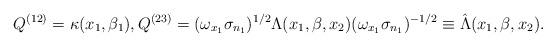
LaTeX: \begin{gather*}Q^{(12)}=\kappa(x_1, \beta_1), Q^{(23)}=(\omega_{x_1}\sigma_{n_1})^{1/2}\Lambda(x_1, \beta, x_2)(\omega_{x_1}\sigma_{n_1})^{-1/2}\equiv\hat{ \Lambda}(x_1, \beta, x_2). \end{gather*}